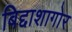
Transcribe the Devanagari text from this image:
बिद्दाशागोर